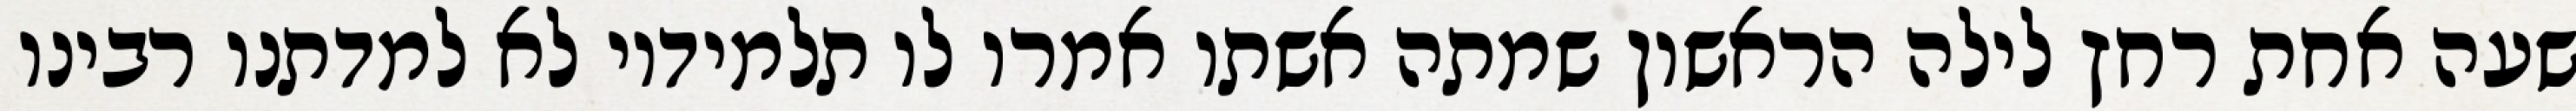
שעה אחת רחץ לילה הראשון שמתה אשתו אמרו לו תלמידיו לא למדתנו רבינו